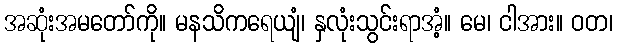
အဆုံးအမတော်ကို။ မနသိကရေယျံ၊ နှလုံးသွင်းရာအံ့။ မေ၊ ငါအား။ ဝတ၊